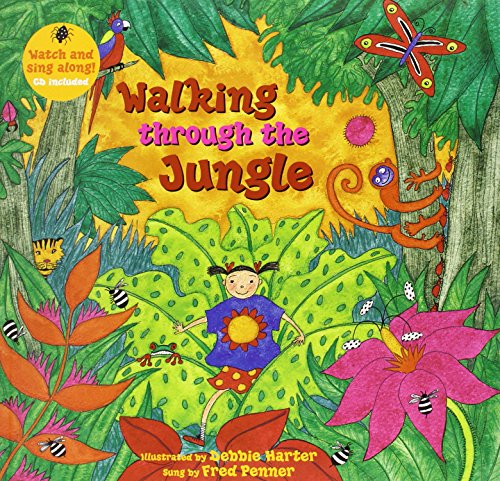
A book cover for Walking through the Jungle (A Barefoot Singalong); Stella Blackstone; Children's Books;